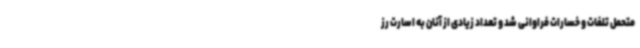
متحمل تلفات و خسارات فراوانی شد و تعداد زیادی از آنان به اسارت رز